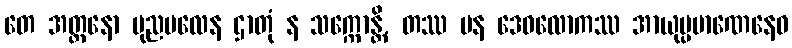
တေ အတ္တနော ပုညဗလေန ဌာတုံ န သက္ကောန္တိ, တဿ ပန ဒေဝလောကဿ အာယုပ္ပမာဏေနေဝ